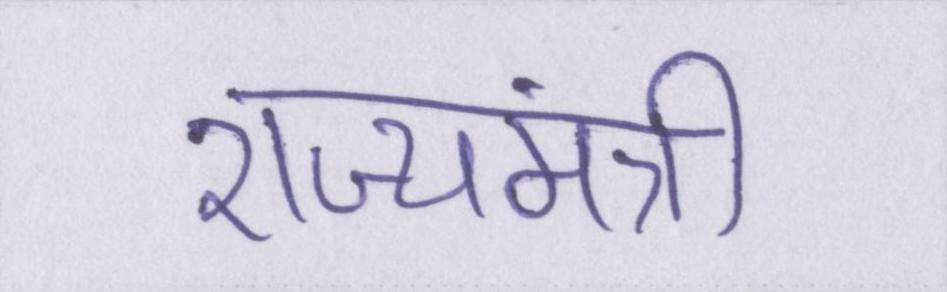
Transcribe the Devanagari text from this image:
राज्यमंत्री